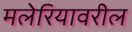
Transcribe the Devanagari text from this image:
मलेरियावरील